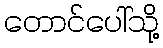
တောင်ပေါ်သို့